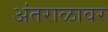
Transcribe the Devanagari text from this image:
अंतराळावर